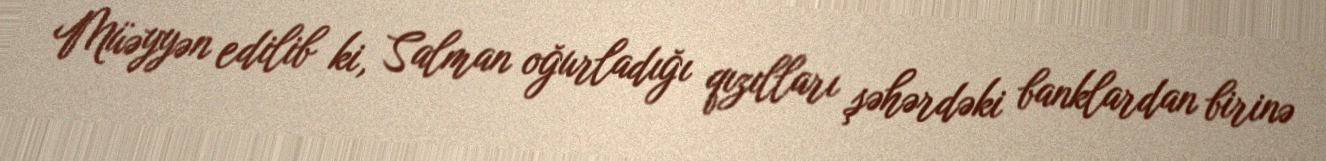
Müəyyən edilib ki, Salman oğurladığı qızılları şəhərdəki banklardan birinə